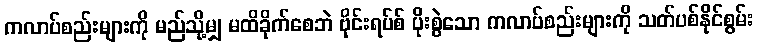
ကလာပ်စည်းများကို မည်သို့မျှ မထိခိုက်စေဘဲ ဗိုင်းရပ်စ် ပိုးစွဲသော ကလာပ်စည်းများကို သတ်ပစ်နိုင်စွမ်း